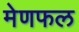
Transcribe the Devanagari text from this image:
मेणफल